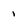
Character: 1